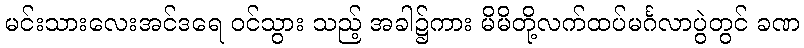
မင်းသားလေးအင်ဒရေ ဝင်သွား သည့် အခါ၌ကား မိမိတို့လက်ထပ်မင်္ဂလာပွဲတွင် ခဏ